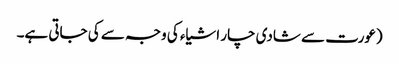
(عورت سے شادی چار اشیاء کی وجہ سے کی جاتی ہے۔